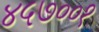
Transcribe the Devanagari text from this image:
४५७००१